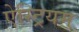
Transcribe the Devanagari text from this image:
ऐस्ट्रियम